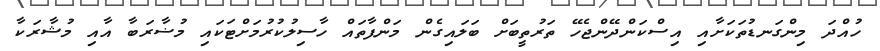
ހުއްދަ މިންގަނޑުތަކަށާއި އިސްކަންދޭންޖެހޭ ތަރުތީބަށް ބަލައިގެން މަންފާތައް ހާސިލުކުރުމަށްޓަކައި މުޟާރަބާ އާއި މުޝާރަކާ